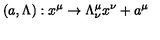
( a , \Lambda ) : x ^ { \mu } \rightarrow \Lambda _ { \nu } ^ { \mu } x ^ { \nu } + a ^ { \mu }